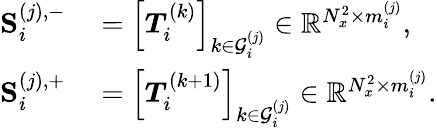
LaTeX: \begin{array}{rl}{\mathbf{S}_{i}^{(j),-}}&{{}=\left[\boldsymbol{T}_{i}^{(k)}\right]_{k\in\mathcal{G}_{i}^{(j)}}\in\mathbb{R}^{N_{x}^{2}\times m_{i}^{(j)}},}\\ {\mathbf{S}_{i}^{(j),+}}&{{}=\left[\boldsymbol{T}_{i}^{(k+1)}\right]_{k\in\mathcal{G}_{i}^{(j)}}\in\mathbb{R}^{N_{x}^{2}\times m_{i}^{(j)}}.}\end{array}